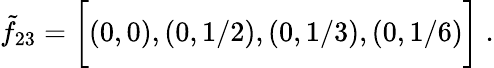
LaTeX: \tilde{f}_{23}=\biggl[(0,0),\left(0,1/2\right),\left(0,1/3\right),\left(0,1/6\right)\biggr]\; .